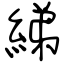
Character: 綈